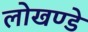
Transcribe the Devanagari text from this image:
लोखण्डे